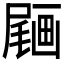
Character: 𡳒